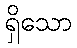
ရှိသော